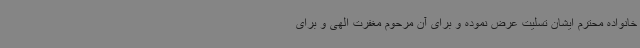
خانواده محترم ایشان تسلیت عرض نموده و برای آن مرحوم مغفرت الهی و برای